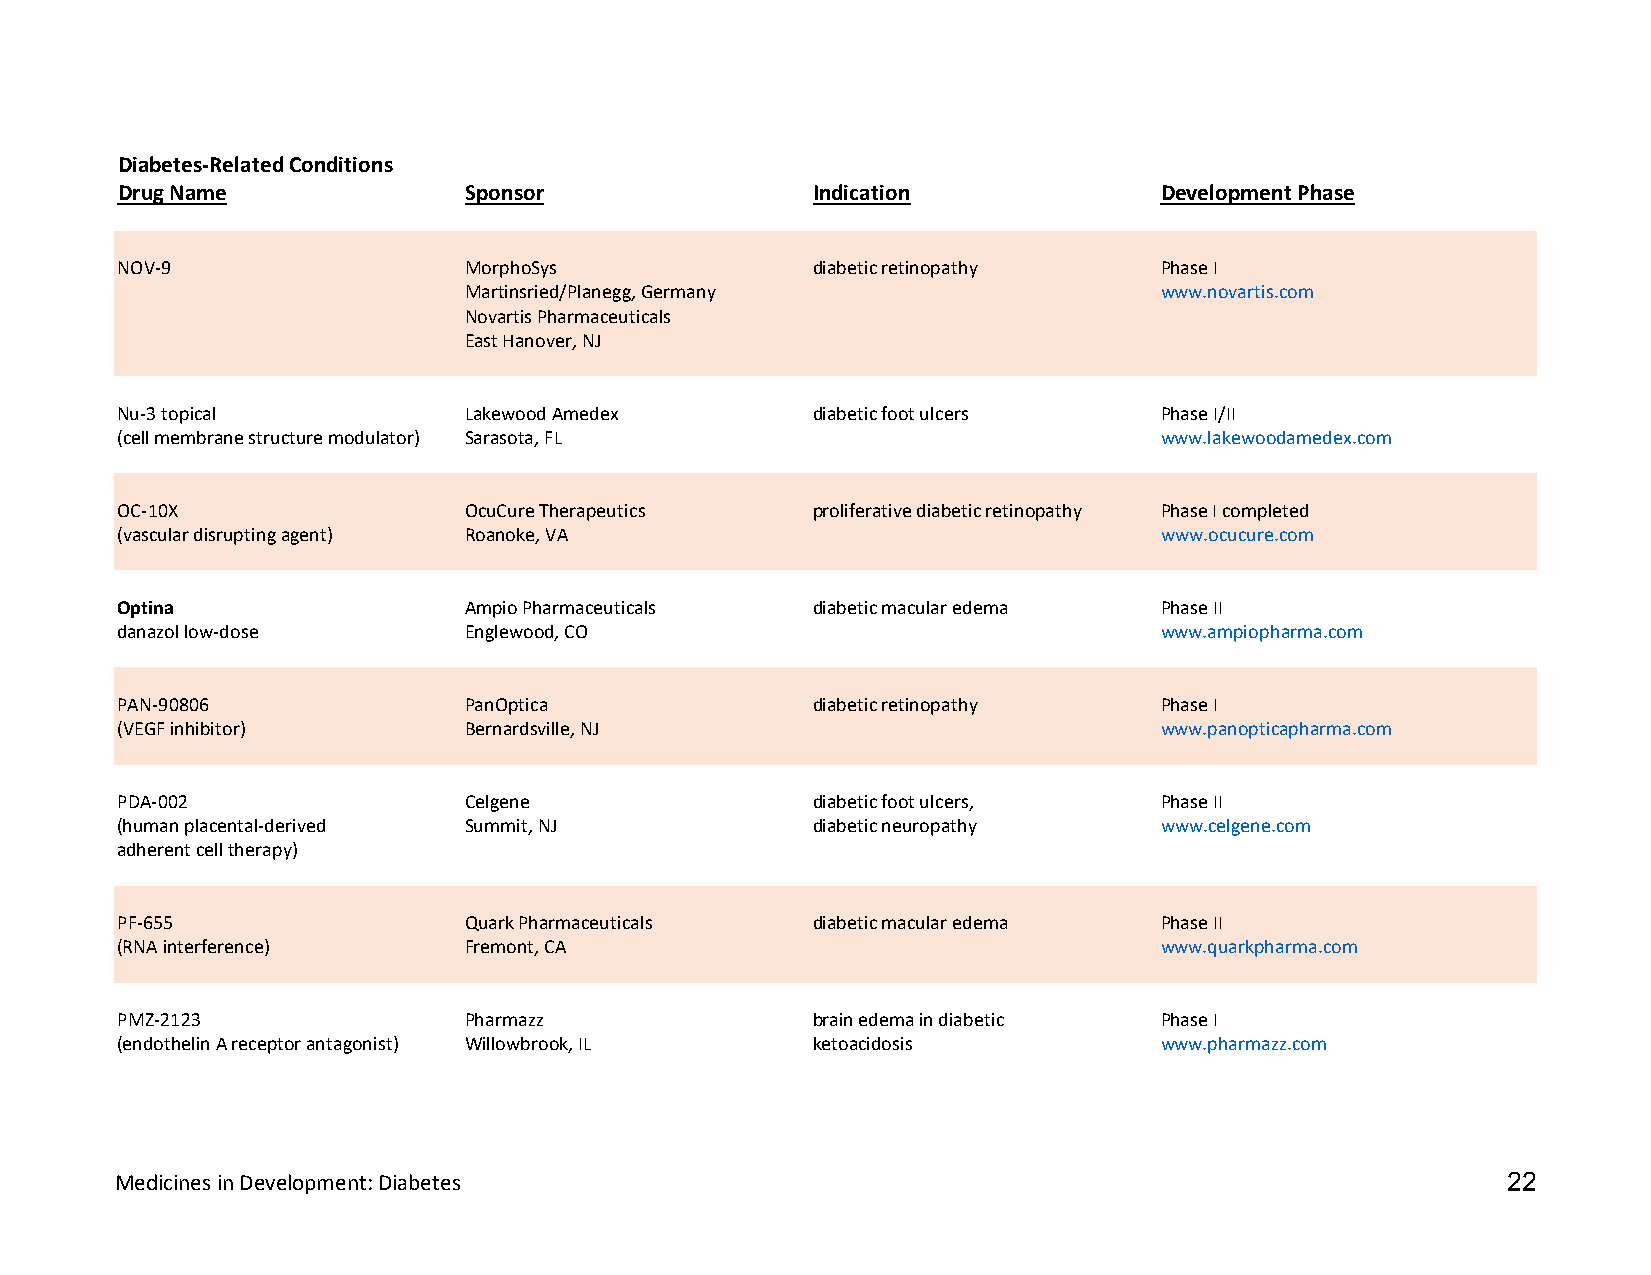
Diabetes-Related Conditions
 Drug Name              Sponsor                Indication             Development Phase
 NOV-9                  MorphoSys              diabetic retinopathy   Phase I
 Martinsried/Planegg, Germany                  www.novartis.com
 Novartis Pharmaceuticals
 East Hanover, NJ
 Nu-3 topical           Lakewood Amedex        diabetic foot ulcers   Phase I/II
 (cell membrane structure modulator) Sarasota, FL                     www.lakewoodamedex.com
 OC-10X                 OcuCure Therapeutics   proliferative diabetic retinopathy Phase I completed
 (vascular disrupting agent) Roanoke, VA                              www.ocucure.com
 Optina                 Ampio Pharmaceuticals  diabetic macular edema Phase II
 danazol low-dose       Englewood, CO                                 www.ampiopharma.com
 PAN-90806              PanOptica              diabetic retinopathy   Phase I
 (VEGF inhibitor)       Bernardsville, NJ                             www.panopticapharma.com
 PDA-002                Celgene                diabetic foot ulcers,  Phase II
 (human placental-derived Summit, NJ           diabetic neuropathy    www.celgene.com
 adherent cell therapy)
 PF-655                 Quark Pharmaceuticals  diabetic macular edema Phase II
 (RNA interference)     Fremont, CA                                   www.quarkpharma.com
 PMZ-2123               Pharmazz               brain edema in diabetic Phase I
 (endothelin A receptor antagonist) Willowbrook, IL ketoacidosis      www.pharmazz.com
 Medicines in Development: Diabetes                                                          22